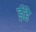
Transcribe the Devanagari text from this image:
ईहे